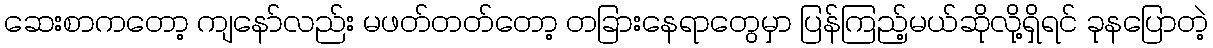
ဆေးစာကတော့ ကျနော်လည်း မဖတ်တတ်တော့ တခြားနေရာတွေမှာ ပြန်ကြည့်မယ်ဆိုလို့ရှိရင် ခုနပြောတဲ့